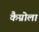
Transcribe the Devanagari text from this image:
कैग्नोला